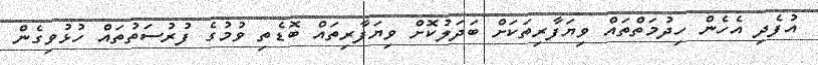
އުފެދި އެހެން ހިދުމަތްތައް ވިޔަފާރިތަކަށް ބަދަލުކޮށް ވިޔަފާރިތައް ބޮޑެތި ވުމުގެ ފުރުސަތުތައް ހުޅުވިގެން